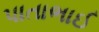
પાતાભાઈ